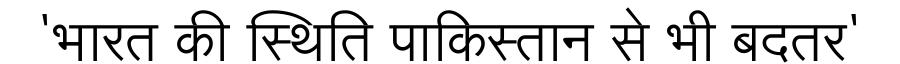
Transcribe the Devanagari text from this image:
'भारत की स्थिति पाकिस्तान से भी बदतर'